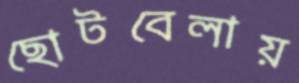
ছোটবেলায়